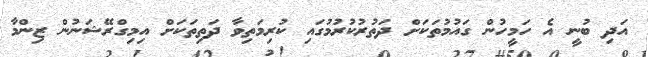
އަދި ބުނީ އެ ހަމީހުން ގައުމުތަކަށް ދަތުރުކުރުމުގައި ކުރިމަތިވާ ދަތިތަކަށް އިމިގްރޭޝަނުން ޒިންމާ